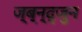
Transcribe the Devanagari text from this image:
ज्ब्न्द्जुन